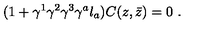
( 1 + \gamma ^ { 1 } \gamma ^ { 2 } \gamma ^ { 3 } \gamma ^ { a } l _ { a } ) C ( z , \bar { z } ) = 0 \ .